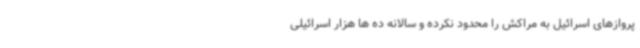
پروازهای اسرائیل به مراکش را محدود نکرده و سالانه ده ها هزار اسرائیلی